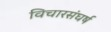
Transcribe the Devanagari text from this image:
विचारसंघर्ष